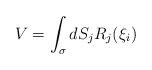
LaTeX: \begin{align*}V=\int_{\sigma} dS_j R_j(\xi_i)\end{align*}